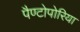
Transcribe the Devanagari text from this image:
पैण्टोपोरिया